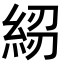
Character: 𥿷